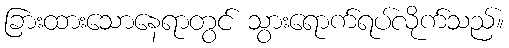
ခြားထားသောနေရာတွင် သွားရောက်ရပ်လိုက်သည်။